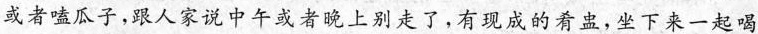
或者嗑瓜子,跟人家说中午或者晚上别走了,有现成的肴盅,坐下来一起喝